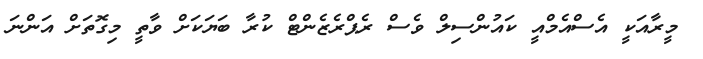
މީރާއަކީ އެސްއެމްއީ ކައުންސިލް ވެސް ރެޕްރެޒެންޓް ކުރާ ބަޔަކަށް ވާތީ މިގޮތަށް އަންނަ